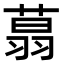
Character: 𦶑